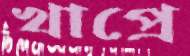
খাপ্রে